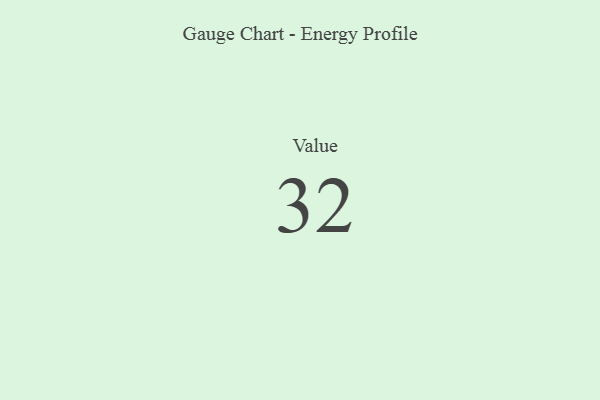
{"axis": {"x": "Metric", "y": "Value"}, "legend": [""], "data": [{"x": "Value", "y": 32, "type": ""}]}